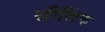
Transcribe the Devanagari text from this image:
सीलिंक